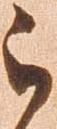
被